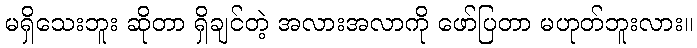
မရှိသေးဘူး ဆိုတာ ရှိချင်တဲ့ အလားအလာကို ဖော်ပြတာ မဟုတ်ဘူးလား။